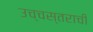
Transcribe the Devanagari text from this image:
उच्चस्तराची